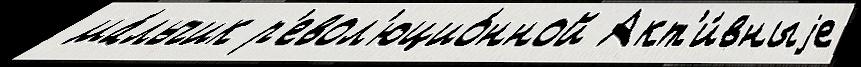
 ма́льчик р'евол'юцио́нной Акт'и́вныjе